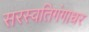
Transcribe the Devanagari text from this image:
सरस्वतिगंगाधर